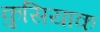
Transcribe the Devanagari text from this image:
कुसियाक